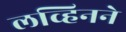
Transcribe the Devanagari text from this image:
लव्हिनने